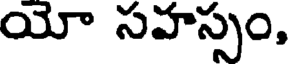
యో సహస్సం,